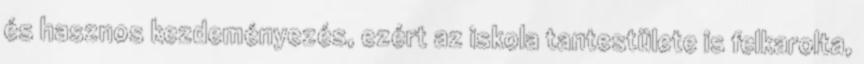
és hasznos kezdeményezés, ezért az iskola tantestülete is felkarolta,